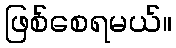
ဖြစ်စေရမယ်။